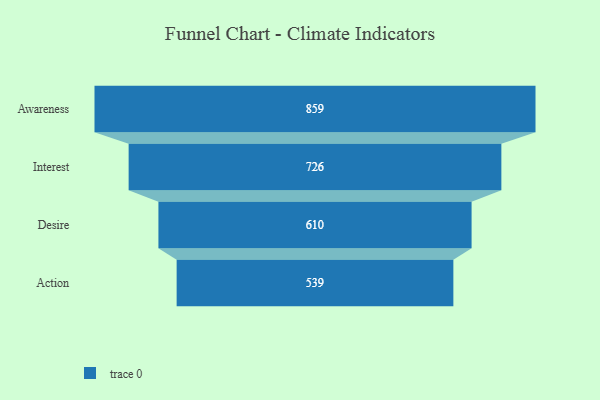
{"axis": {"x": "Stage", "y": "Value"}, "legend": [""], "data": [{"x": "Awareness", "y": 859.0, "type": ""}, {"x": "Interest", "y": 726.0, "type": ""}, {"x": "Desire", "y": 610.0, "type": ""}, {"x": "Action", "y": 539.0, "type": ""}]}